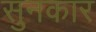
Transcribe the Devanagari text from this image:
सुनकार